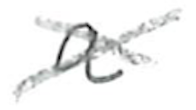
Text: a
Cross-out: cross
Writing tool: pencil